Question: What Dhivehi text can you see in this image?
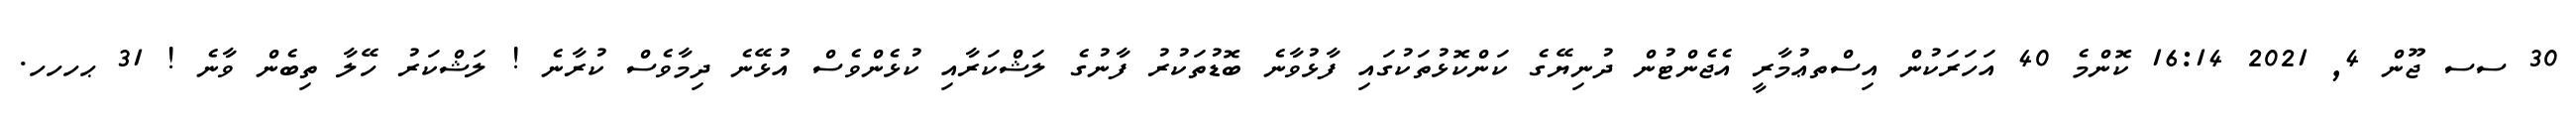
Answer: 30 ސސ ޖޫން 4, 2021 16:14 ކޮންމެ 40 އަހަރަކުން އިސްތޢުމާރީ އެޖެންޓުން ދުނިޔޭގެ ކަންކޮޅުތަކުގައި ފާޅުވާނެ ބޮޑުތަކުރު ފާނުގެ ލަޝްކަރާއި ކުޅެންވެސް އުޅޭނެ ދިމާވެސް ކުރާނެ ! ލަޝްކަރު ހޭލާ ތިބެން ވާނެ ! 31 ޙހހހ.